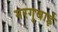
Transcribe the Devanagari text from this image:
मरगुबाई